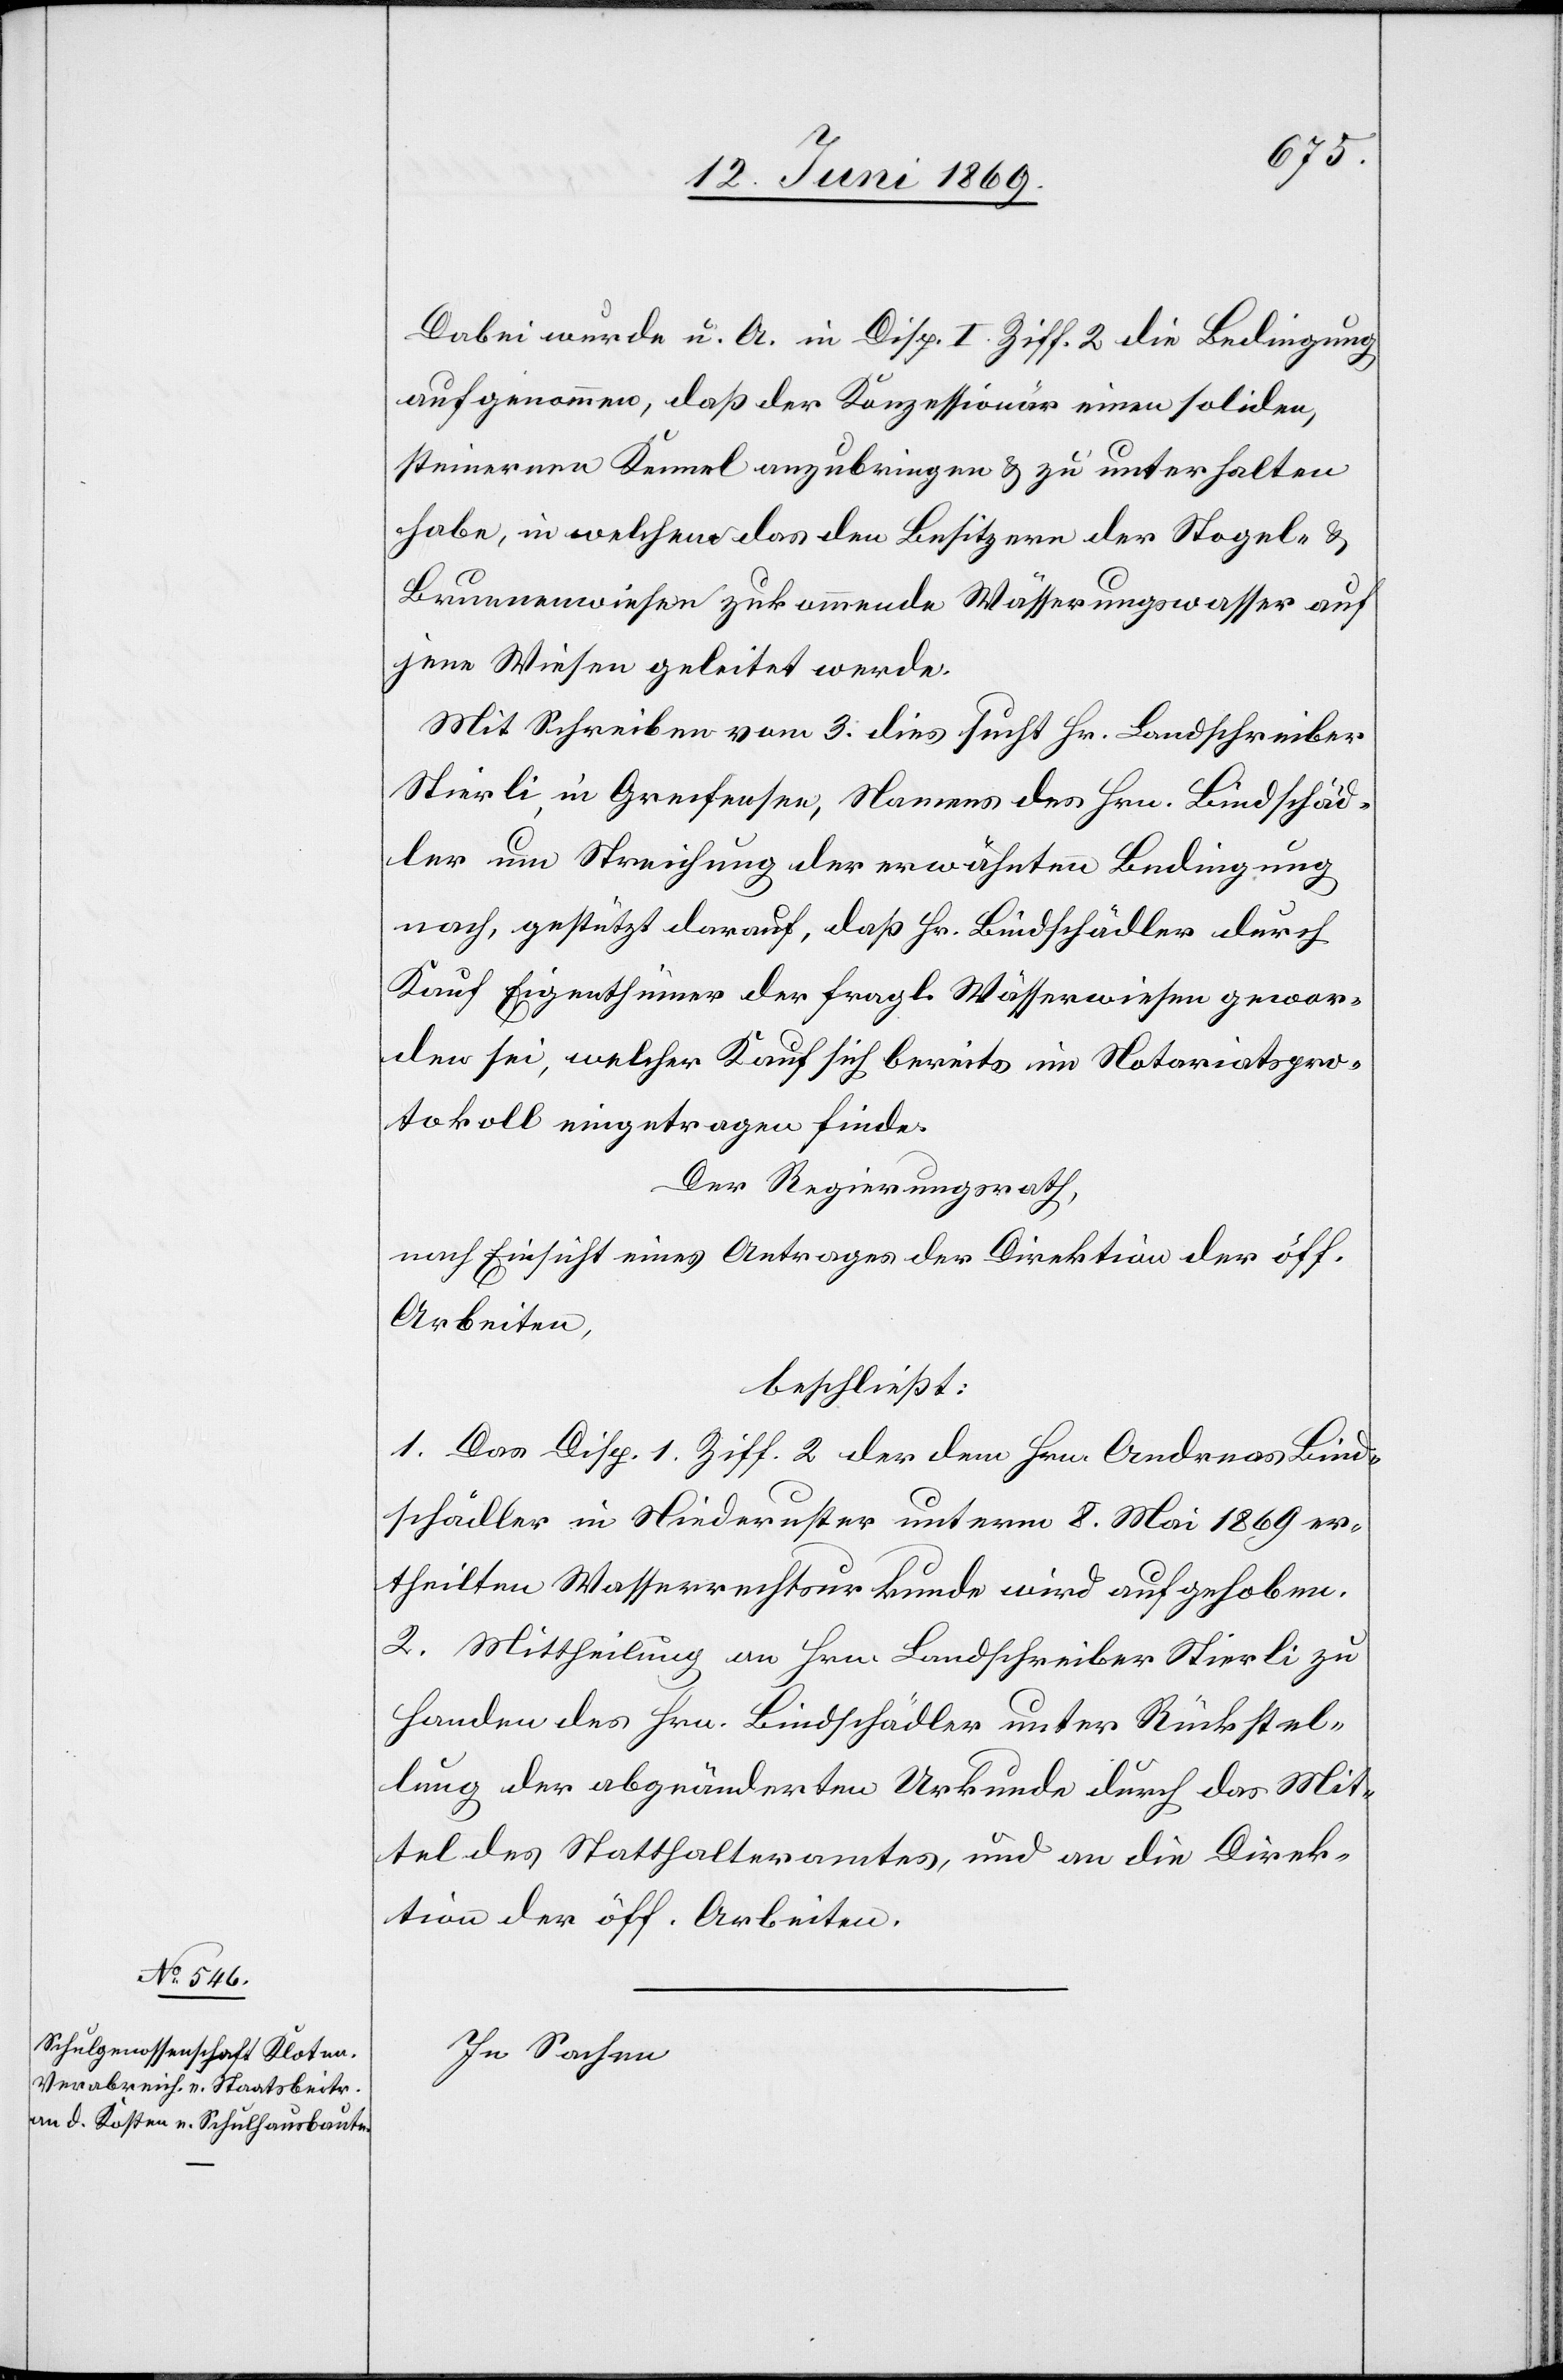
Dabei wurde u. A. in Disp. I Ziff. 2 die Beibringung
aufgenommen, daß der Konzessionär einen soliden,
steinernen Kennel anzubringen u. zu unterhalten
habe, in welchem das den Besitzern der Stopel- u.
Brunnenwiesen zukommende Wässerungswasser auf
jene Wiesen geleitet werde.
Mit Schreiben vom 3 dies sucht Hr. Landschreiber
Stierli in Greifensee, Namens des Hrn. Bindschäd¬
ler um Streichung der erwähnten Bedingung
nach, gestützt darauf, daß Hr. Bindschädler durch
Kauf Eigenthümer der fragl. Wässerwiesen gewor¬
den sei, welcher Kauf sich bereits im Notariatspro¬
tokoll eingetragen finde.
Der Regierungsrath,
nach Einsicht eines Antrages der Direktion der öff.
Arbeiten,
beschließt:
1. Das Disp. 1 Ziff. 2 der dem Hrn. Andreas Bind¬
schädler in Niederuster unterm 8 Mai 1869 er¬
theilten Wasserrechtsurkunde wird aufgehoben.
2. Mittheilung an Hrn. Landschreiber Stierli zu
Handen des Hrn. Bindschädler unter Rückstel¬
lung der abgeänderten Urkunde durch das Mit¬
tel des Statthalteramtes, und an die Direk¬
tion der öff. Arbeiten.